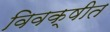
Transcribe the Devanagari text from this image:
विवक्षीत